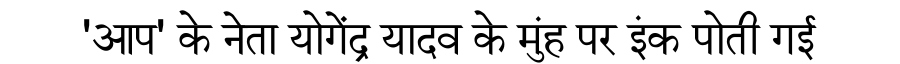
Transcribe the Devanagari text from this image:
'आप' के नेता योगेंद्र यादव के मुंह पर इंक पोती गई